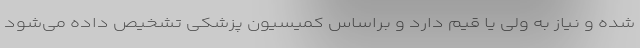
شده و نیاز به ولی یا قیم دارد و براساس کمیسیون پزشکی تشخیص داده می‌شود